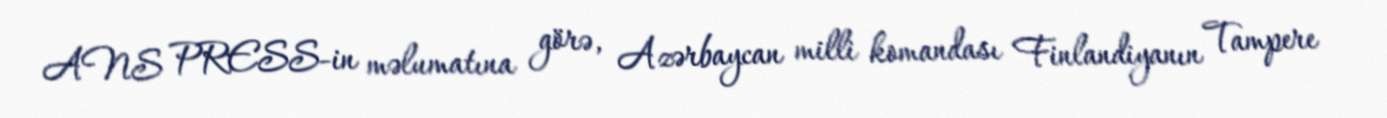
ANS PRESS-in məlumatına görə, Azərbaycan milli komandası Finlandiyanın Tampere